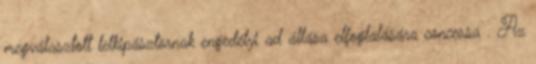
megválasztott lelkipásztornak engedélyi ad állása elfoglalására concessa . Az